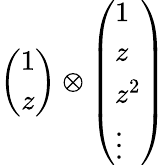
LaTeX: \left(\begin{array}{c}{{1}}\\ {{z}}\end{array}\right)\otimes\left(\begin{array}{l}{{1}}\\ {{z}}\\ {{z^{2}}}\\ {{\vdots}}\end{array}\right)